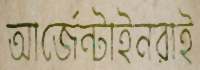
আর্জেন্টাইনরাই